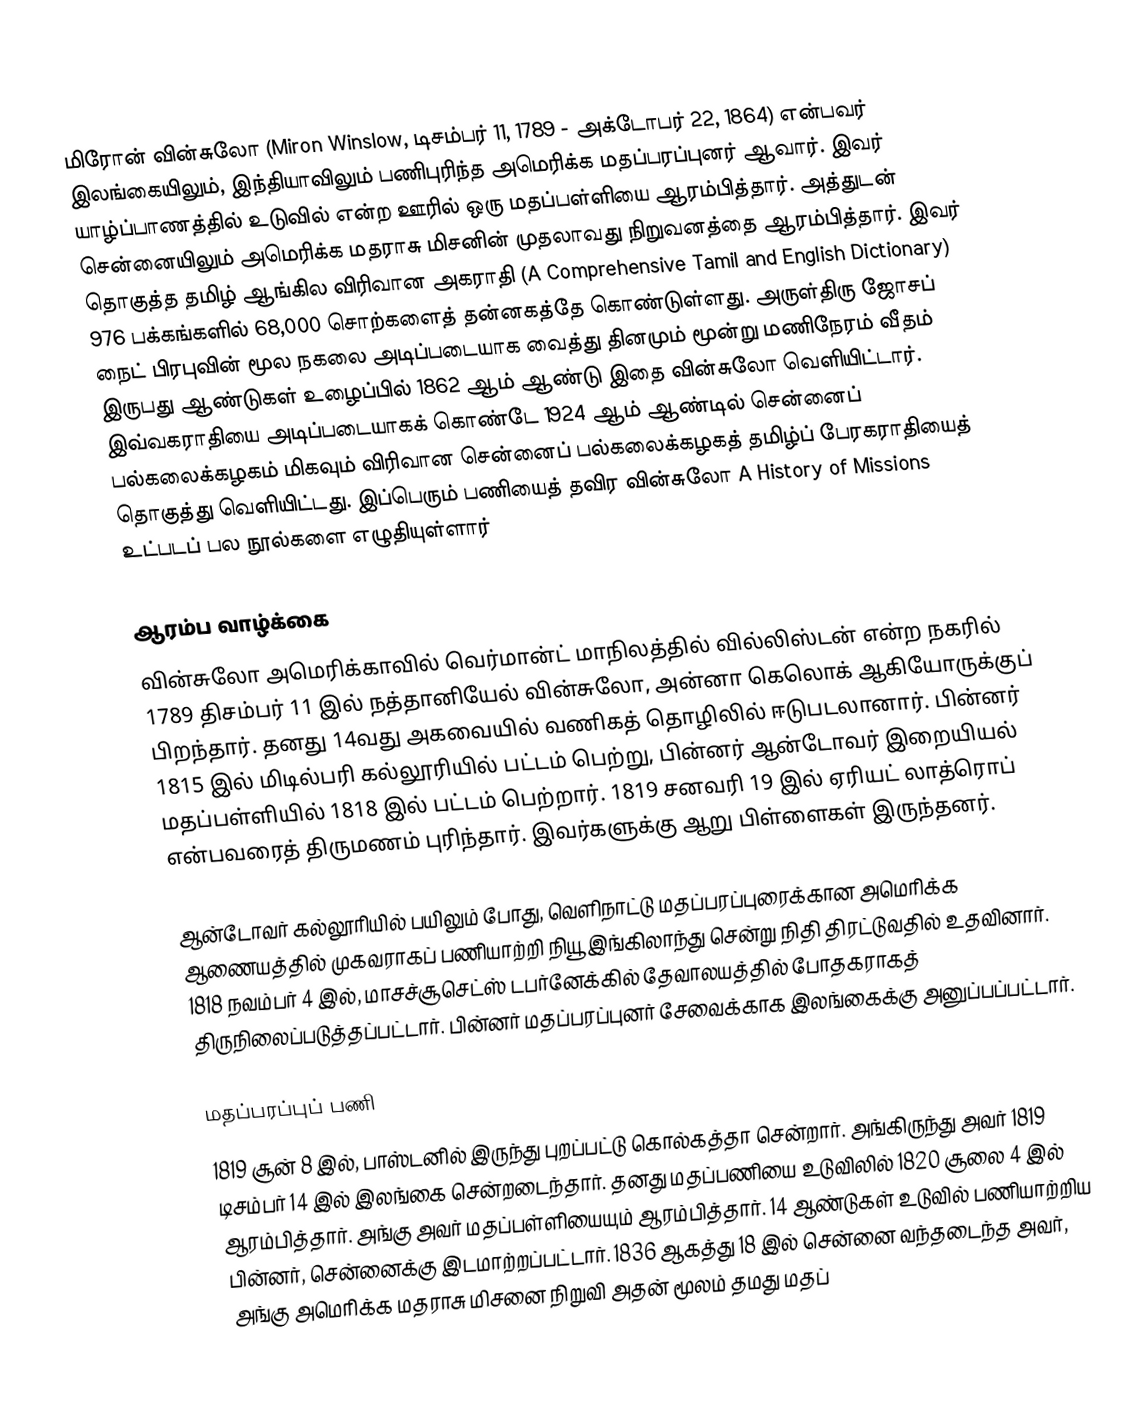
மிரோன் வின்சுலோ (Miron Winslow, டிசம்பர் 11, 1789 - அக்டோபர் 22, 1864) என்பவர் இலங்கையிலும், இந்தியாவிலும் பணிபுரிந்த அமெரிக்க மதப்பரப்புனர் ஆவார். இவர் யாழ்ப்பாணத்தில் உடுவில் என்ற ஊரில் ஒரு மதப்பள்ளியை ஆரம்பித்தார். அத்துடன் சென்னையிலும் அமெரிக்க மதராசு மிசனின் முதலாவது நிறுவனத்தை ஆரம்பித்தார். இவர் தொகுத்த தமிழ் ஆங்கில விரிவான அகராதி (A Comprehensive Tamil and English Dictionary) 976 பக்கங்களில் 68,000 சொற்களைத் தன்னகத்தே கொண்டுள்ளது. அருள்திரு ஜோசப் நைட் பிரபுவின் மூல நகலை அடிப்படையாக வைத்து தினமும் மூன்று மணிநேரம் வீதம் இருபது ஆண்டுகள் உழைப்பில் 1862 ஆம் ஆண்டு இதை வின்சுலோ வெளியிட்டார்.  இவ்வகராதியை அடிப்படையாகக் கொண்டே 1924 ஆம் ஆண்டில் சென்னைப் பல்கலைக்கழகம் மிகவும் விரிவான சென்னைப் பல்கலைக்கழகத் தமிழ்ப் பேரகராதியைத் தொகுத்து வெளியிட்டது. இப்பெரும் பணியைத் தவிர வின்சுலோ A History of Missions உட்படப் பல நூல்களை எழுதியுள்ளார்

ஆரம்ப வாழ்க்கை
வின்சுலோ அமெரிக்காவில் வெர்மான்ட் மாநிலத்தில் வில்லிஸ்டன் என்ற நகரில் 1789 திசம்பர் 11 இல் நத்தானியேல் வின்சுலோ, அன்னா கெலொக் ஆகியோருக்குப் பிறந்தார். தனது 14வது அகவையில் வணிகத் தொழிலில் ஈடுபடலானார். பின்னர் 1815 இல் மிடில்பரி கல்லூரியில் பட்டம் பெற்று, பின்னர் ஆன்டோவர் இறையியல் மதப்பள்ளியில் 1818 இல் பட்டம் பெற்றார். 1819 சனவரி 19 இல் ஏரியட் லாத்ரொப் என்பவரைத் திருமணம் புரிந்தார். இவர்களுக்கு ஆறு பிள்ளைகள் இருந்தனர்.

ஆன்டோவர் கல்லூரியில் பயிலும் போது, வெளிநாட்டு மதப்பரப்புரைக்கான அமெரிக்க ஆணையத்தில் முகவராகப் பணியாற்றி நியூ இங்கிலாந்து சென்று நிதி திரட்டுவதில் உதவினார். 1818 நவம்பர் 4 இல், மாசச்சூசெட்ஸ் டபர்னேக்கில் தேவாலயத்தில் போதகராகத் திருநிலைப்படுத்தப்பட்டார். பின்னர் மதப்பரப்புனர் சேவைக்காக இலங்கைக்கு அனுப்பப்பட்டார்.

மதப்பரப்புப் பணி
1819 சூன் 8 இல், பாஸ்டனில் இருந்து புறப்பட்டு கொல்கத்தா சென்றார். அங்கிருந்து அவர் 1819 டிசம்பர் 14 இல் இலங்கை சென்றடைந்தார். தனது மதப்பணியை உடுவிலில் 1820 சூலை 4 இல் ஆரம்பித்தார். அங்கு அவர் மதப்பள்ளியையும் ஆரம்பித்தார். 14 ஆண்டுகள் உடுவில் பணியாற்றிய பின்னர், சென்னைக்கு இடமாற்றப்பட்டார். 1836 ஆகத்து 18 இல் சென்னை வந்தடைந்த அவர், அங்கு அமெரிக்க மதராசு மிசனை நிறுவி அதன் மூலம் தமது மதப்